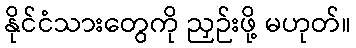
နိုင်ငံသားတွေကို ညှဉ်းဖို့ မဟုတ်။